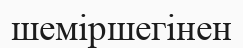
шеміршегінен